Civil Veterinary Dept. Bombay admin report 1907-1913 - 1907-1913
Year: 1907
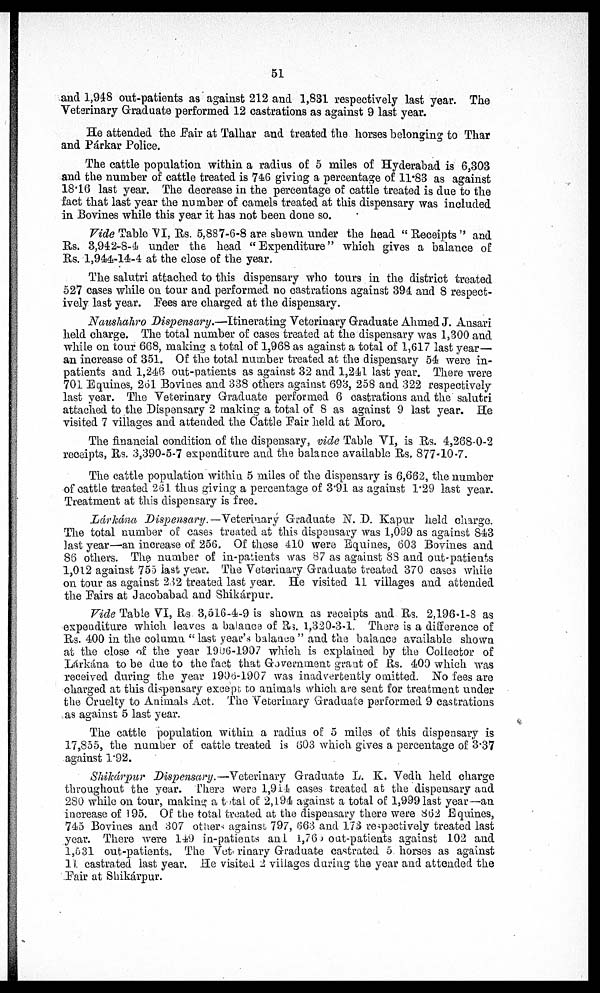
51
and 1,948 out-patients as against 212 and 1,831 respectively last year. The
Veterinary Graduate performed 12 castrations as against 9 last year.
He attended the Fair at Talhar and treated the horses belonging to Thar
and Párkar Police.
The cattle population within a radius of 5 miles of Hyderabad is 6,303
and the number of cattle treated is 746 giving a percentage of 11.83 as against
18.16 last year. The decrease in the percentage of cattle treated is due to the
fact that last year the number of camels treated at this dispensary was included
in Bovines while this year it has not been done so.
Vide Table "VI, Rs. 5,887-6-8 are shewn under the head " Receipts " and
Rs. 3,942-8-4 under the head "Expenditure" which gives a balance of
Rs. 1,944-14-4 at the close of the year.
The salutri attached to this dispensary who tours in the district treated
527 cases while on tour and performed no castrations against 394 and 8 respect-
ively last year. Pees are charged at the dispensary.
Naushahro Dispensary.—Itinerating Veterinary Graduate Ahmed J. Ausari
held charge. The total number of cases treated at the dispensary was 1,300 and
while on tour 668, making a total of 1,968 as against a total of 1,617 last year—
an increase of 351. Of the total number treated at the dispensary 54 were in-
patients and 1,246 out-patients as against 32 and 1,241 last year. There were
701 Equines, 261 Bovines and 338 others against 693, 258 and 322 respectively
last year. The Veterinary Graduate performed 6 castrations and the salutri
attached to the Dispensary 2 making a total of 8 as against 9 last year. He
visited 7 villages and attended the Cattle Pair held at Moro.
The financial condition of the dispensary, vide Table VI, is Rs. 4,268-0-2
receipts, Rs. 3,390-5-7 expenditure and the balance available Rs. 877-10-7.
The cattle population within 5 miles of the dispensary is 6,662, the number
of cattle treated 261 thus giving a percentage of 3.91 as against 1.29 last year.
Treatment at this dispensary is free.
Lárkána Dispensary. —Veterinary Graduate N. D. Kapur held charge.
The total number of cases treated at this dispensary was 1,099 as against 843
last year—an increase of 256. Of those 410 were Equines, 603 Bovines and
86 others. The number of in-patients was 87 as against 88 and out-patients
1,012 against 755 last year. The Veterinary Graduate treated 370 cases while
on tour as against 232 treated last year. He visited 11 villages and attended
the Fairs at Jacobabad and Shikárpur.
Vide Table VI, Rs 3,616-4-9 is shown as receipts and Rs. 2,196-1-8 as
expenditure which leaves a balance of Rs. 1,320-3-1. There is a difference of
Rs. 400 in the column " last year's balance " and the balance available shown
at the close of the year 1906-1907 which is explained by the Collector of
Lárkána to be due to the fact that Government grant of Rs. 400 which was
received during the year l906-1907 was inadvertently omitted. No fees are
charged at this dispensary except. to animals which are sent for treatment under
the Cruelty to Animals Act. The Veterinary Graduate performed 9 castrations
as against 5 last year.
The cattle population within a radius of 5 mile3 of this dispensary is
17,855, the number of cattle treated is 603 which gives a percentage of 3.37
against 1.92.
Shikárpur Dispensary.—Veterinary Graduate L. K. Vedh held charge
throughout the year. There were 1,914 cases treated at the dispensary and
280 while on tour, making a total of 2,l94 against a total of 1,999 last year—an
increase of 195. Of the total treated at the dispensary there were 862 Equines,
745 Bovines and 307 others against 797, 663 and 173 respectively treated last
year. There were 140 in-patients and 1,76, out-patients against 102 and
1,031 out-patients. The Veterinary Graduate castrated 5 horses as against
11. castrated last year. He visited 2 villages during the year and attended the
Pair at Shikárpur.